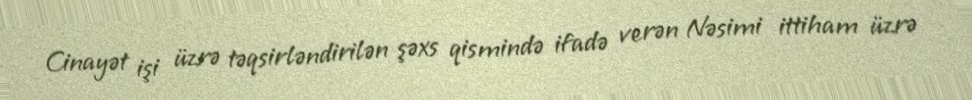
Cinayət işi üzrə təqsirləndirilən şəxs qismində ifadə verən Nəsimi ittiham üzrə